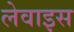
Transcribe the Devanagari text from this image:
लेवाइस